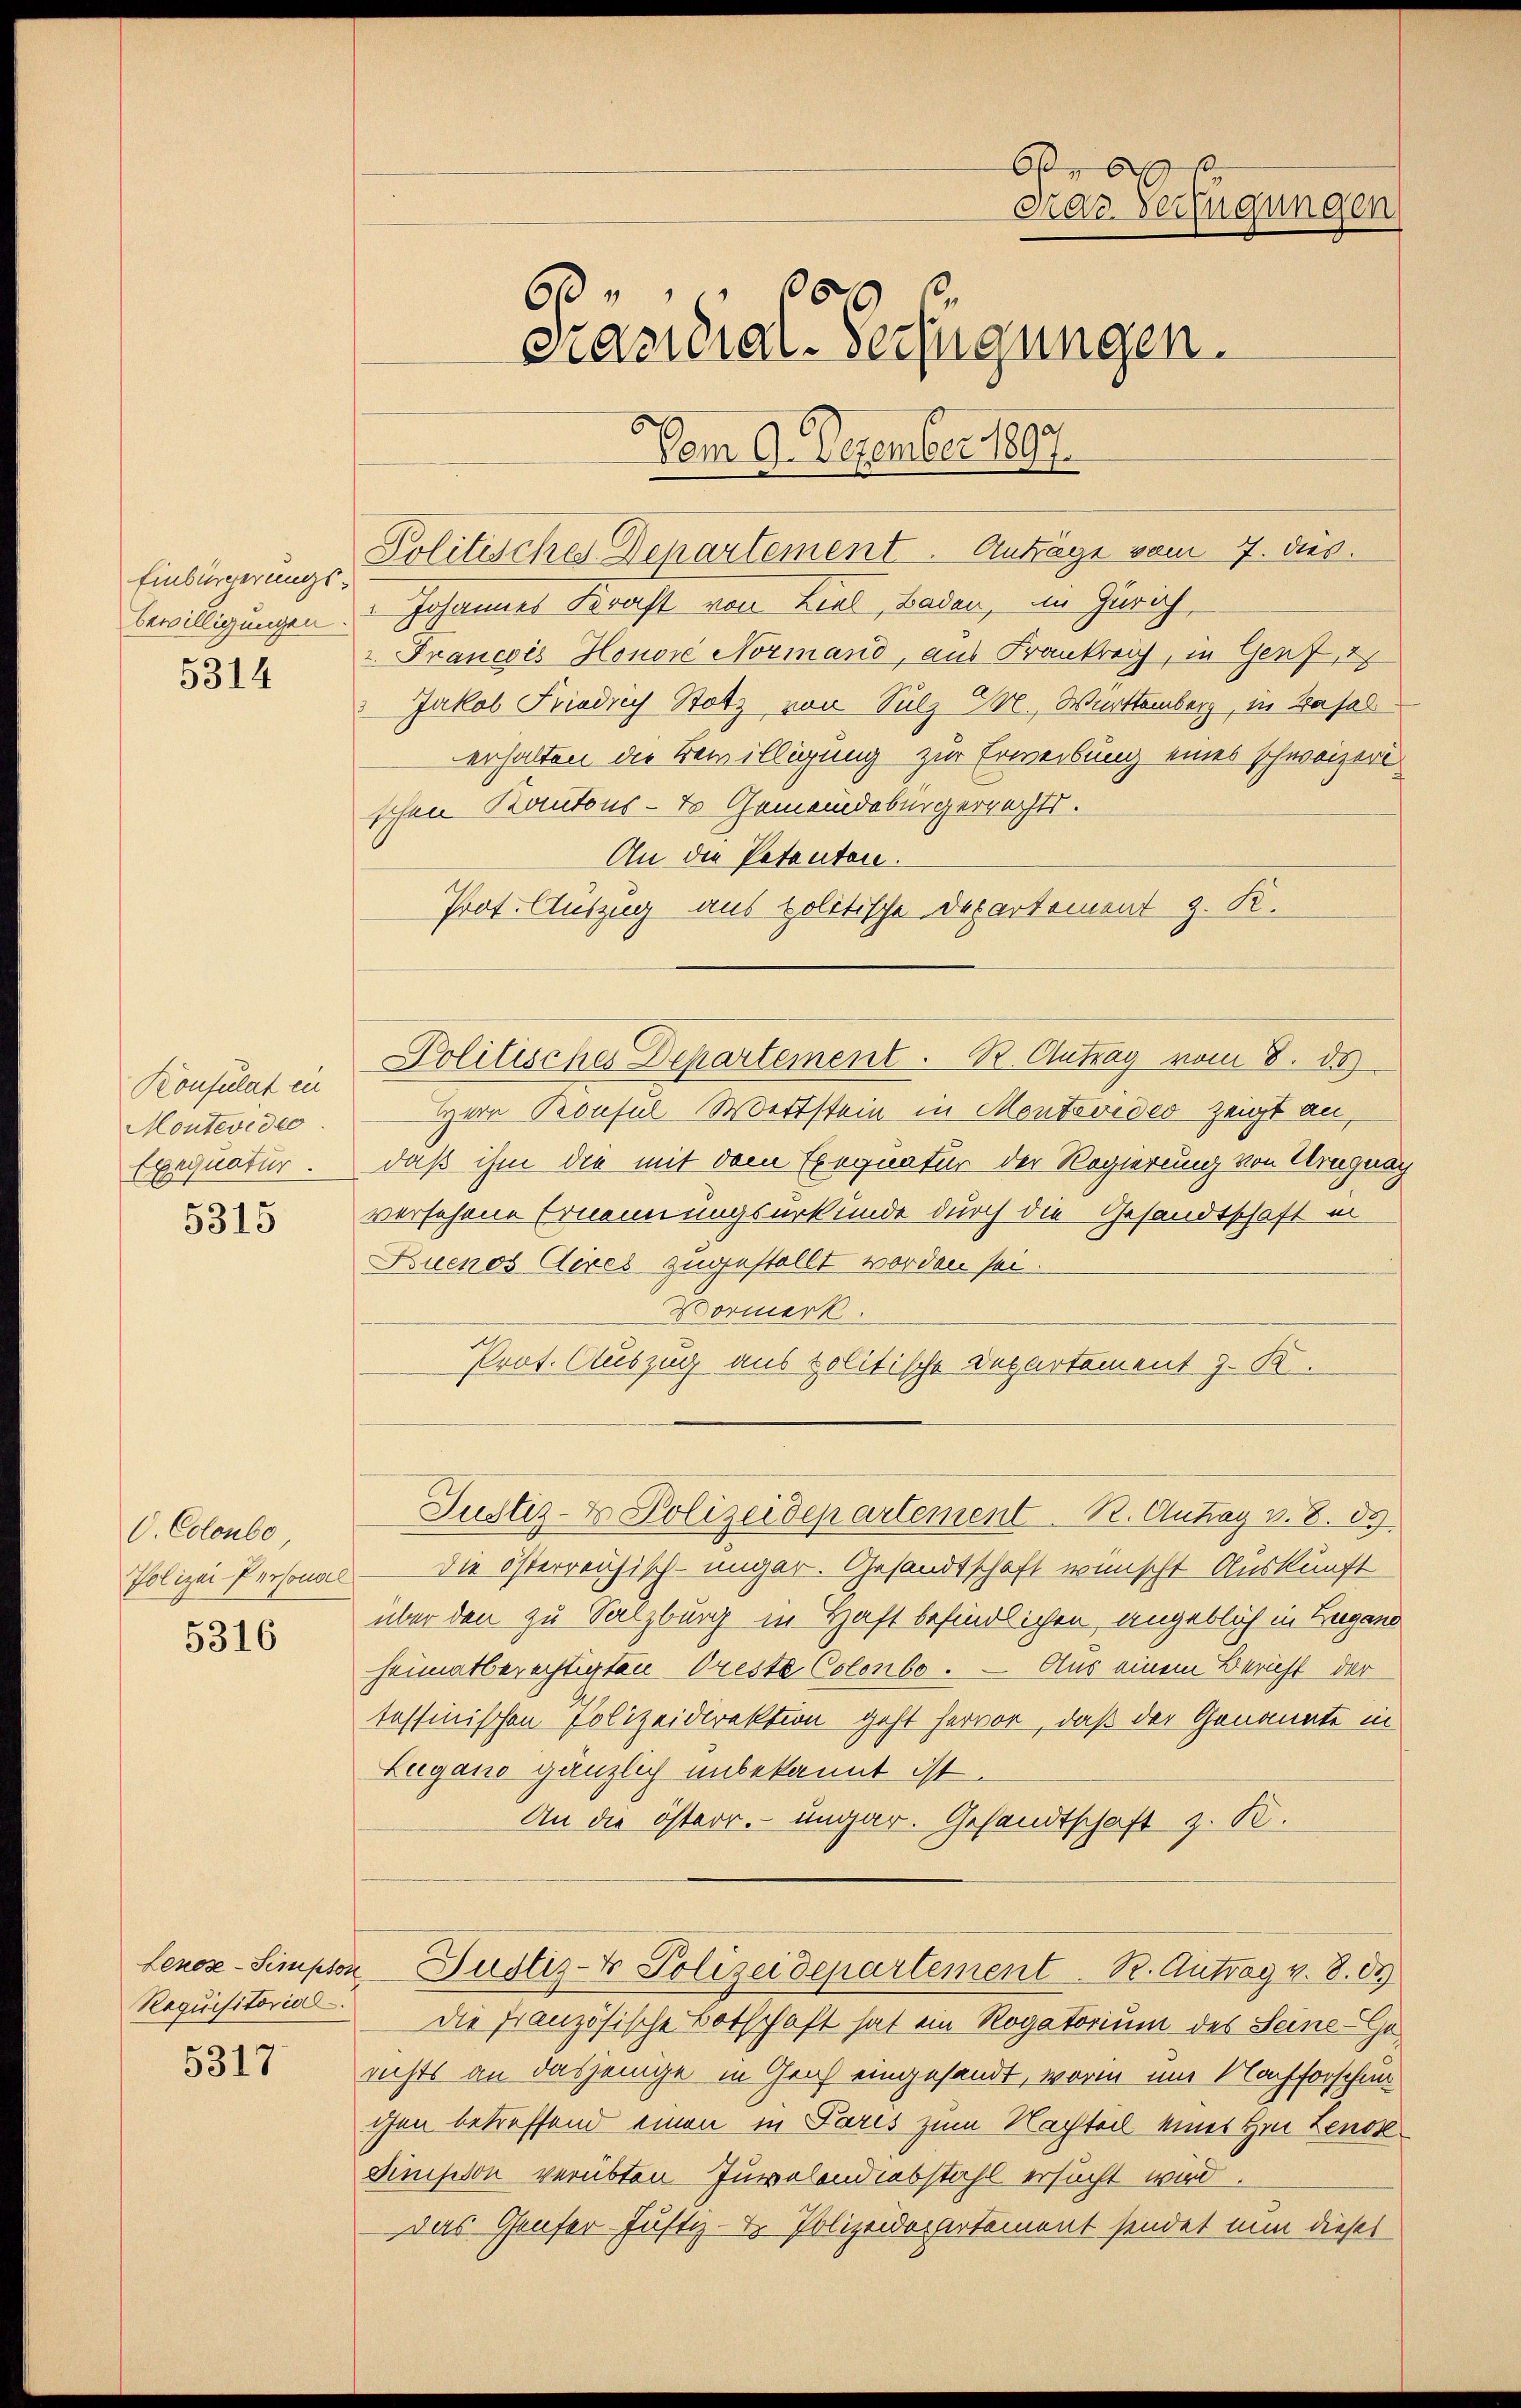
Einbürgerungsbewilligungen.

5314

Konsulat ein
Montevideo
Exequatur.
5315

O. Coloubo
Polizei-Personal

5316

5317

Or 6 k
Das Verfügungen
157
60
Pasidial-Verfügungen.
Vom 9. Dezember 1890.

Politisches Departement. Anträge vom 7. dies.

Politisches Departement. R. Antrag vom 8. ds

Johannes Kraft von Ziel, Baden, im Zürich
Francois Honore Normand, aus Frankreich, in Genf, 2
Jakob Friedrich Stolz von Sulz Lbl. Württemberg, in Kasal
erhalten die Bewilligung zur Erweibung eines schweizeri
schen Kantons- & Gemeindebürgerrechts.
An die Petenten.
Prof. Auszug aus politische Departement z. K.
Herr Konsul Wertstein in Montevideo zeigt an,
daß ihm die mit dem Exequatur der Regierung von Urugnach
versehene Ernennungsurkunde durch die Gesandtschaft in
Buenos Aires zugestellt worden sei.
Vormerk.
Prot. Auszug aus politische Departement z. K.
Justiz- & Polizeidepartement R. Antrag v. 8. d.
die österreichisch-ungar. Gesandtschaft wünscht Auskunft
über den zu Salzburg in Haft befindlichen angeblich in Zugano
heimatberechtigten Oreste Colonbo. — Aus einem Bericht der
tessinischen Polizeidirektion geht hervor, daß der Genannte in
Lugano gänzlich unbekannt ist.
An die österr. ungar. Gesandtschaft z. B.

Requisitoris. Die französische Botschaft hat ein Rogatorium des Seine-Gerichts an dasjenige in Graf eingesandt, worin am Nachforschen
ihe betreffend einen in Paris zum Nachteil eines Hrn. Lenos
disson verübten Juvolondiebstahl ersucht wird.
Das Genfer Justiz- & Polizeidepartement sendet nun dieses

Lenoz-Simpor Justiz- & Polizeidepartement R. Antrag v. 8. d.